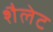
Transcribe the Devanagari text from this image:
शैलेट